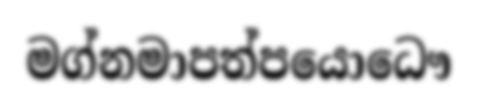
මග්නමාපත්පයොධෞ